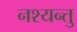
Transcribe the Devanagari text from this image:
नश्यन्तु